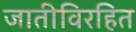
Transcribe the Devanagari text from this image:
जातीविरहित